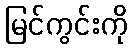
မြင်ကွင်းကို